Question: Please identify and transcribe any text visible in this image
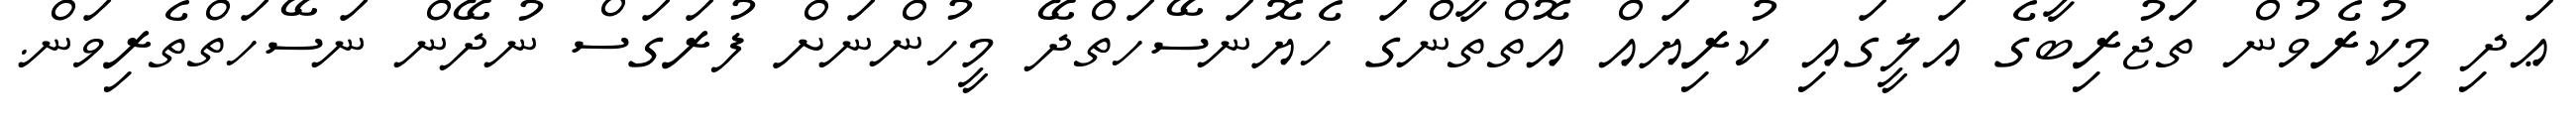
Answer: ޢަދި މިކުރެވުން ތަޖުރިބާގެ އަލީގައި ކުރިޔައް އޮތްތާންގަ ހެޔޮނަސޭހަތްދޭ މީހުންނަށް ފުރަގަސް ނުދޭން ނަސޭހަތްތެރިވަން.